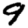
Digit: 9